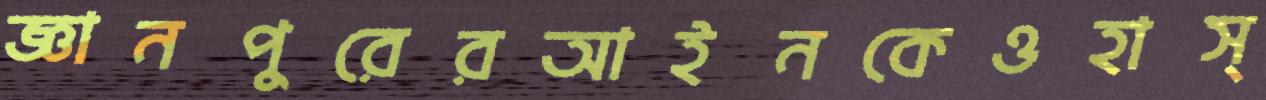
জ্ঞানপুরেরআইনকেওহাস্